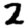
Digit: 2